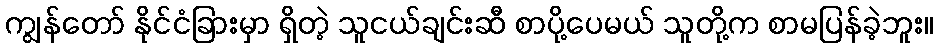
ကျွန်တော် နိုင်ငံခြားမှာ ရှိတဲ့ သူငယ်ချင်းဆီ စာပို့ပေမယ် သူတို့က စာမပြန်ခဲ့ဘူး။